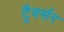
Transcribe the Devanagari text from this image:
ट्रैवर्सर